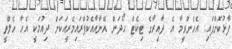
ފާޅުކޮށްފައި. އެހެންވީމާ އެ ދާއިރާގެ ޓިކެޓް ހޯދަން އޭނާއާއެކުޕްރައިމެރީއަކަށް ދިއުމަކީ އެހާ ހެލްތީ